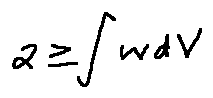
2 \geq \int w d V